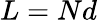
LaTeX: L=Nd